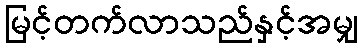
မြင့်တက်လာသည်နှင့်အမျှ